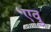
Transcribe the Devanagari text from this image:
एवु